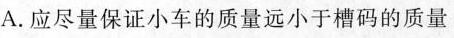
A.应尽量保证小车的质量远小于槽码的质量